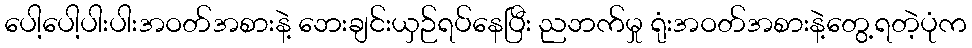
ပေါ့ပေါ့ပါးပါးအဝတ်အစားနဲ့ ဘေးချင်းယှဉ်ရပ်နေပြီး ညဘက်မှု ရုံးအဝတ်အစားနဲ့တွေ့ရတဲ့ပုံက